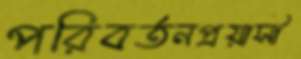
পরিবর্তনপ্রয়াসী